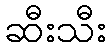
ဆီးသီး